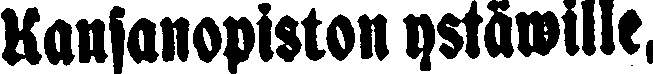
Kansanopiston ystäwille,